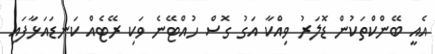
އެއީ ބޭންކްތަކުން ޑޮލަރު ވިއްކާ އަގު ގޮސް ހުއްޓޭނެ ވަކި ރޭޓެއް ކަނޑައަޅާފައި